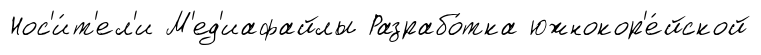
Нос'и́т'ел'и М'ед'иафайлы Разрабо́тка южнокор'е́йской